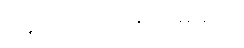
ပြန်ထောက်ပြရလိမ့်မယ်။